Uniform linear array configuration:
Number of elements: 24
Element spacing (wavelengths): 1
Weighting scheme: hamming
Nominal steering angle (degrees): -60
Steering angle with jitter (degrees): -61.464
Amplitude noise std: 0.05
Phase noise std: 0.05

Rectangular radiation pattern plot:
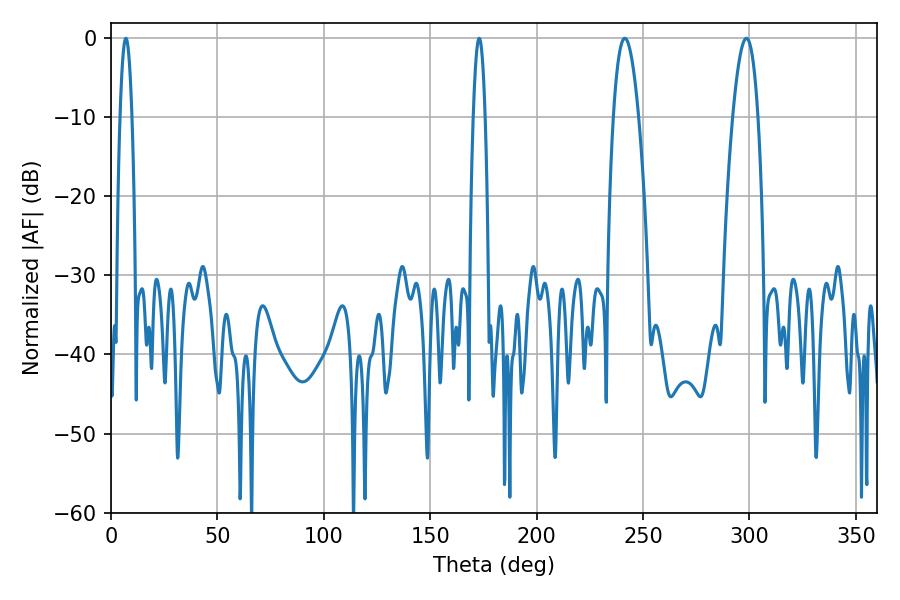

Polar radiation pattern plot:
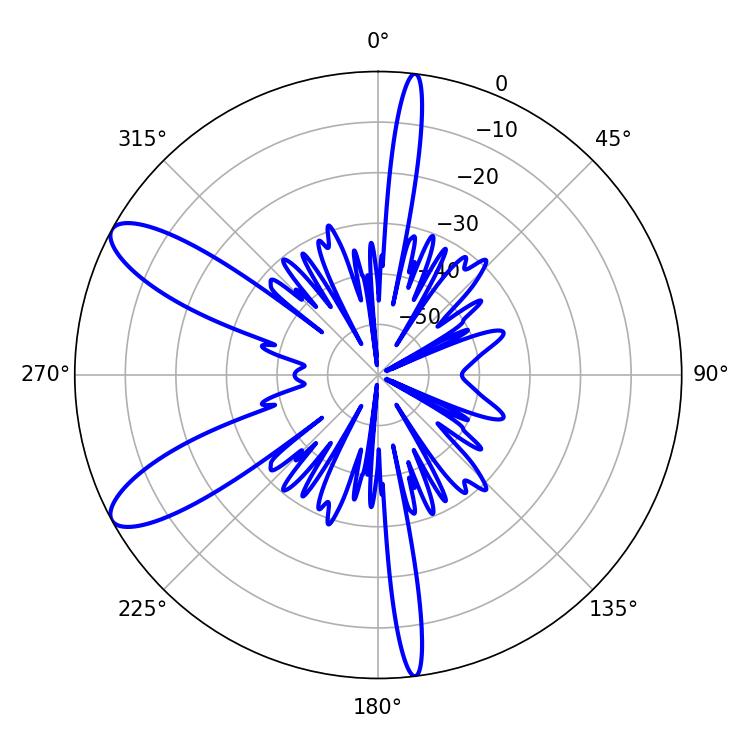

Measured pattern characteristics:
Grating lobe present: TRUE
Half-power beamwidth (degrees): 6.48
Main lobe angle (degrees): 298.62